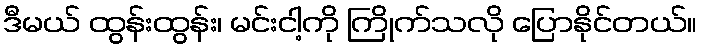
ဒီမယ် ထွန်းထွန်း၊ မင်းငါ့ကို ကြိုက်သလို ပြောနိုင်တယ်။